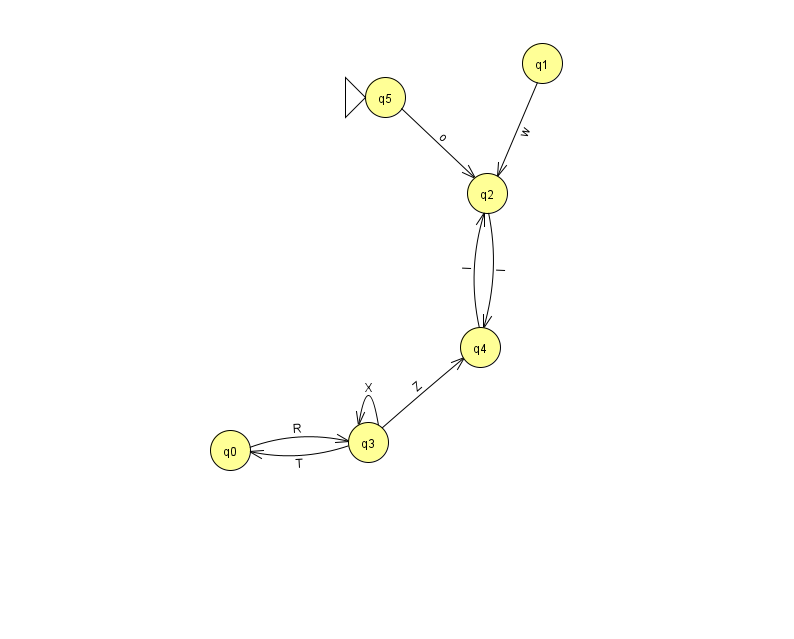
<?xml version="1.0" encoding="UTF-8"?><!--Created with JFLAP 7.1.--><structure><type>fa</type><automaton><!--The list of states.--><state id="0" name="q0"><x>230.0</x><y>437.0</y></state><state id="1" name="q1"><x>542.0</x><y>50.0</y></state><state id="2" name="q2"><x>487.0</x><y>180.0</y></state><state id="3" name="q3"><x>368.0</x><y>429.0</y></state><state id="4" name="q4"><x>480.0</x><y>334.0</y></state><state id="5" name="q5"><x>385.0</x><y>84.0</y><initial/></state><!--The list of transitions.--><transition><from>0</from><to>3</to><read>R</read></transition><transition><from>2</from><to>4</to><read>l</read></transition><transition><from>4</from><to>2</to><read>l</read></transition><transition><from>3</from><to>4</to><read>Z</read></transition><transition><from>1</from><to>2</to><read>w</read></transition><transition><from>3</from><to>0</to><read>T</read></transition><transition><from>3</from><to>3</to><read>X</read></transition><transition><from>5</from><to>2</to><read>o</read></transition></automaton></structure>